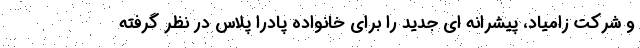
و شرکت زامیاد، پیشرانه ای جدید را برای خانواده پادرا پلاس در نظر گرفته